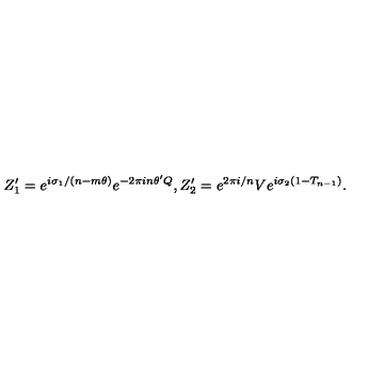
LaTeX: Z _ { 1 } ^ { \prime } = e ^ { i \sigma _ { 1 } / ( n - m \theta ) } e ^ { - 2 \pi i n \theta ^ { \prime } Q } , Z _ { 2 } ^ { \prime } = e ^ { 2 \pi i / n } V e ^ { i \sigma _ { 2 } ( 1 - T _ { n - 1 } ) } .